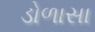
ડોળાસા